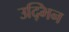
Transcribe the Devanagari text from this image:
उद्भिन